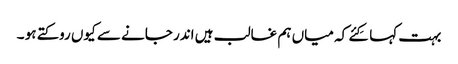
بہت کہا کِئے کہ میاں ہم غالب ہیں اندر جانے سے کیوں روکتے ہو ۔